system: You are a helpful assistant.
user:
Analyze the provided spectrum to determine if it is a **"Cataclysmic Variables (CV)"**.

- **Key Indicators for CV (Check for either state):**
    - **State 1: Quiescent / Low-State (Emission-Dominated)**
        - **(Primary):** Strong and *very broad* Hydrogen Balmer emission lines (e.g., $H\alpha$ at 6563 Å, $H\beta$ at 4861 Å). The 'broadness' (high velocity dispersion, often FWHM > 1000 km/s) is the key diagnostic, indicating a high-velocity accretion disk.
        - **(Secondary):** Broad neutral Helium (He I) emission lines (e.g., 5876 Å, 6678 Å).
        - **(Key Confirmation):** Presence of high-excitation *ionized* Helium (He II) emission at 4686 Å. This is a strong indicator of accretion onto a white dwarf.
        - **(Line Profile):** Emission lines may exhibit a 'double-peaked' profile, which is a classic signature of a rotating accretion disk viewed at high inclination.

    - **State 2: Outburst / High-State (Absorption-Dominated)**
        - **(Primary):** Spectrum is dominated by a bright, blue continuum (looks like a hot star).
        - **(Secondary):** The emission lines from State 1 are weak, absent, or 'filled in', and are replaced by broad, shallow *absorption* lines (primarily Balmer and He I).
        - **(Morphology):** The overall spectrum mimics a hot B/A-type star. The crucial difference is that the absorption lines are significantly broader, shallower, and more 'washed-out' (or 'smeared') than the sharp lines of a normal stellar photosphere, due to high rotational speeds and pressure broadening in the disk.

Think first, call **spectral_visualization_tool** if needed to examine features in detail, then provide your final answer. Your response must adhere to the following strict rules:
1.  **Overall Structure:** Your response must follow the format `<think>...</think> <tool_call>...</tool_call> (if a tool is used) <answer>...</answer>`.
2.  **Tool Usage Constraint:** You may only make **one** tool call per turn.
3.  **Final Answer Format:** In the `<answer>` tag, your conclusion must be inside a `\boxed{}` command (e.g., `\boxed{YES}`), followed by your justification.

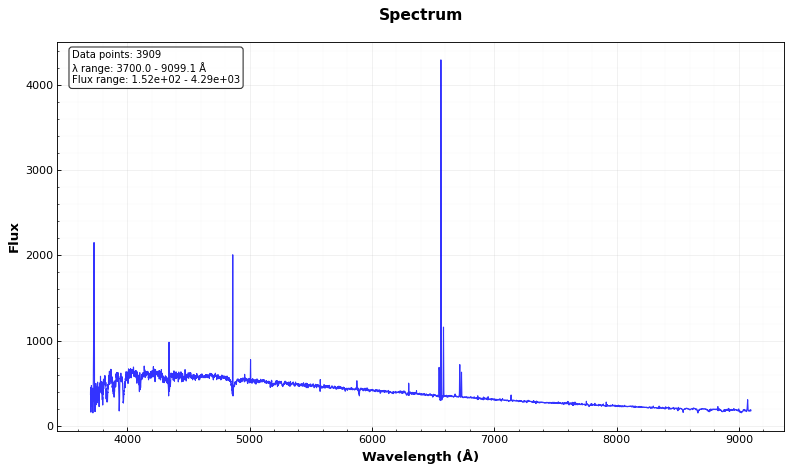
Answer: NO